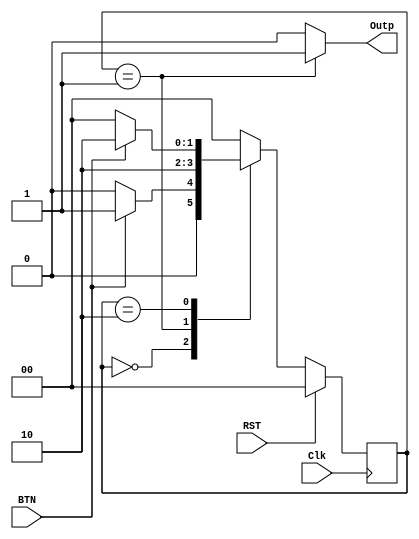
`timescale 1ns / 1ps

module BTN_sync(Clk, BTN, RST, Outp);
	input BTN, Clk, RST;
	output reg Outp;

	parameter INIT = 0, Pressed = 1, post_pres = 2;

	reg [1:0] state, state_next;

	always @(BTN, state) begin
	  // Outp <= 0;
		case (state)
			INIT: begin
				Outp <= 0;
				if (BTN == 1) begin
					state_next <= Pressed;
				end
				else state_next <= INIT;
			end
			
			Pressed: begin
				Outp <= 1;
				//if (BTN == 1) begin
				
				    state_next <= post_pres;
				//end
                //else state_next <= INIT;
			end

			post_pres: begin
				Outp <= 0;
				if (BTN == 0) begin
					state_next <= INIT;
				end
				else state_next <= post_pres;
			end
			default: begin
			     Outp <= 0;
			     state_next <= INIT;
			end
		endcase
	end

	always @(posedge Clk) begin
		if (RST == 1) begin
			state <= INIT;
		end
		else state <= state_next;
	end
endmodule